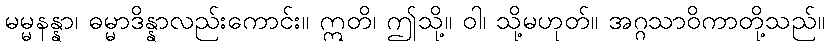
မမ္မနန္နာ၊ ဓမ္မာဒိန္နာလည်းကောင်း။ ဣတိ၊ ဤသို့။ ဝါ၊ သို့မဟုတ်။ အဂ္ဂသာဝိကာတို့သည်။